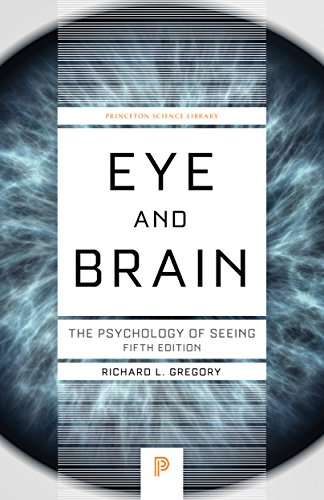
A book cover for Eye and Brain: The Psychology of Seeing, Fifth Edition (Princeton Science Library); Richard L. Gregory; Science & Math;